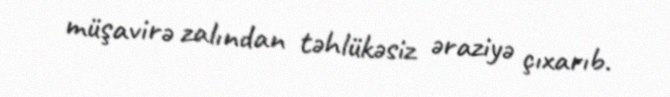
müşavirə zalından təhlükəsiz əraziyə çıxarıb.